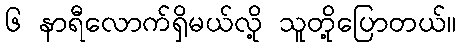
၆ နာရီလောက်ရှိမယ်လို့ သူတို့ပြောတယ်။